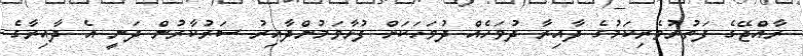
ރާއްޖޭގެ ފަތުރުވެރިކަމުގެ ދާއިރާ ދުވަހެއް ދުވަހަކަށް ފުޅާވަމުންދާއިރު ސަރުކާރުން ދަނީ އެ ދާއިރާގެ